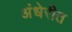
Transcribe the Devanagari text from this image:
अंधेरीत